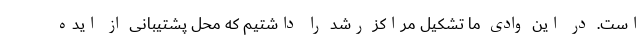
است. در این وادی ما تشکیل مراکز رشد را داشتیم که محل پشتیبانی از ایده